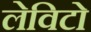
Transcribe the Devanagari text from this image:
लेविटो